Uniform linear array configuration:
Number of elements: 64
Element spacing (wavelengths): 1
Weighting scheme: cosine
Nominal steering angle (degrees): -30
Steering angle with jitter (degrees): -28.926
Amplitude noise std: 0.05
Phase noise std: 0.05

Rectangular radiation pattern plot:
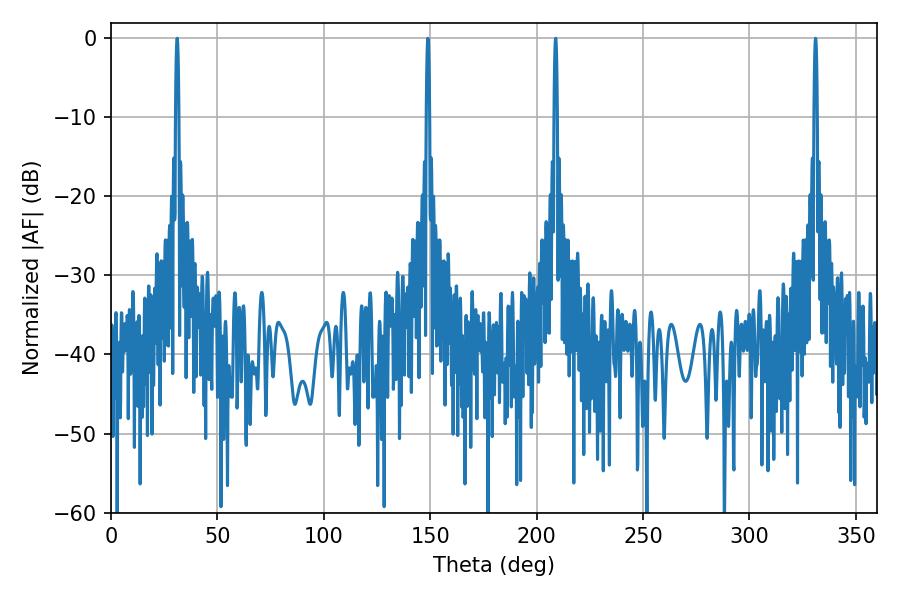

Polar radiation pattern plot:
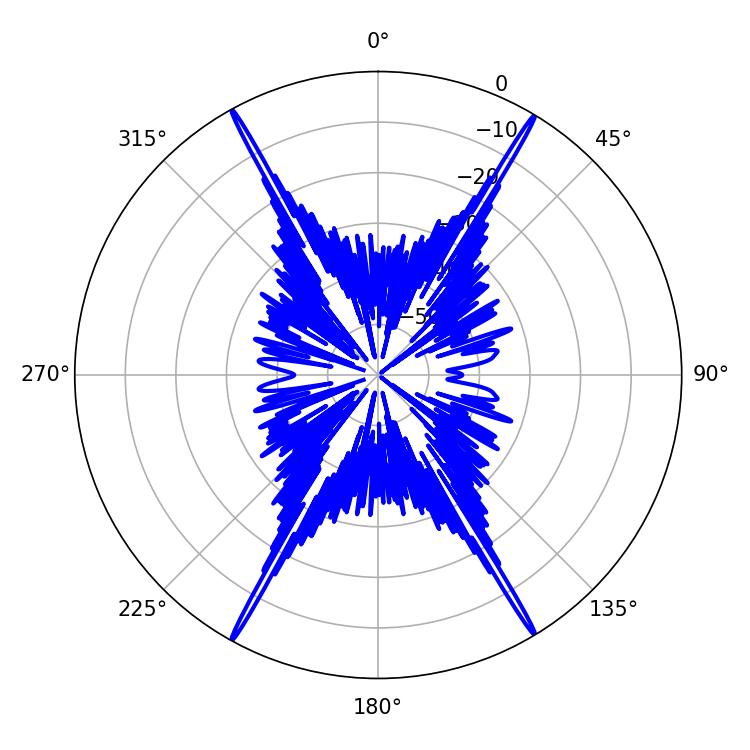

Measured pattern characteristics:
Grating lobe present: TRUE
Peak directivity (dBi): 30.94
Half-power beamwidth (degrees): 0.72
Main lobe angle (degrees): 331.02